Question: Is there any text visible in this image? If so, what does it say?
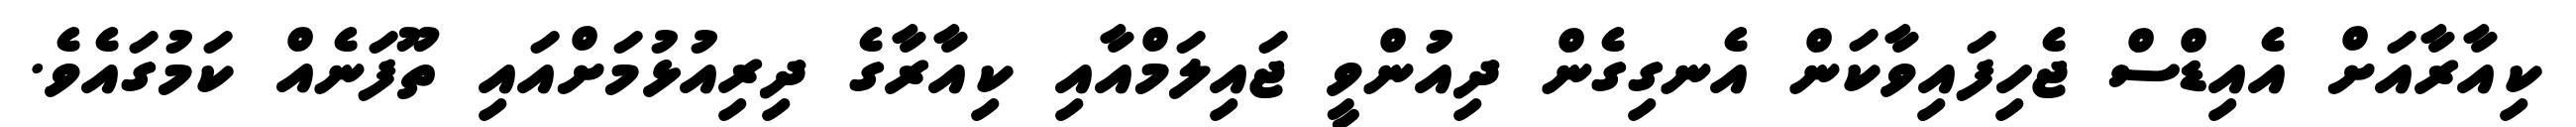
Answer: ކިއާރާއަށް އެއިޑްސް ޖެހިފައިވާކަން އެނގިގެން ދިއުންވީ ޖައިލަމްއާއި ކިއާރާގެ ދިރިއުޅުމަށްއައި ތޫފަނެއް ކަމުގައެވެ.